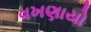
વખણાયો